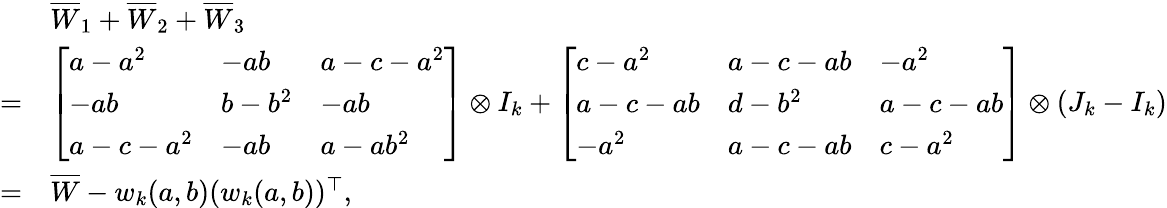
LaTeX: \begin{array}{rl}&{\overline{{W}}_{1}+\overline{{W}}_{2}+\overline{{W}}_{3}}\\ {=}&{\left[\begin{array}{lll}{a-a^{2}}&{-ab}&{a-c-a^{2}}\\ {-ab}&{b-b^{2}}&{-ab}\\ {a-c-a^{2}}&{-ab}&{a-ab^{2}}\end{array}\right]\otimes I_{k}+\left[\begin{array}{lll}{c-a^{2}}&{a-c-ab}&{-a^{2}}\\ {a-c-ab}&{d-b^{2}}&{a-c-ab}\\ {-a^{2}}&{a-c-ab}&{c-a^{2}}\end{array}\right]\otimes(J_{k}-I_{k})}\\ {=}&{\overline{{W}}-w_{k}(a,b)(w_{k}(a,b))^{\top},}\end{array}